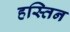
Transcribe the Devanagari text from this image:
हस्तिन